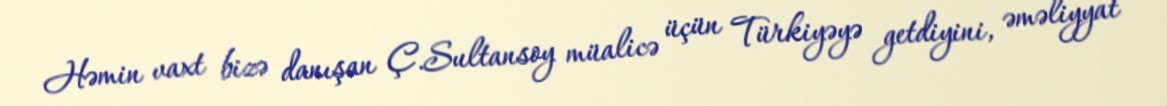
Həmin vaxt bizə danışan Ç.Sultansoy müalicə üçün Türkiyəyə getdiyini, əməliyyat